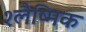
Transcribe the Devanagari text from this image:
श्‍लैष्‍मिक